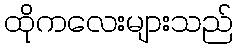
ထိုကလေးများသည်